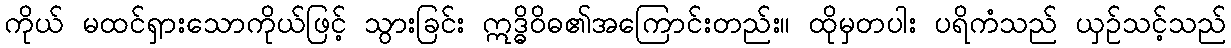
ကိုယ် မထင်ရှားသောကိုယ်ဖြင့် သွားခြင်း ဣဒ္ဓိဝိဓ၏အကြောင်းတည်း။ ထိုမှတပါး ပရိကံသည် ယှဉ်သင့်သည်